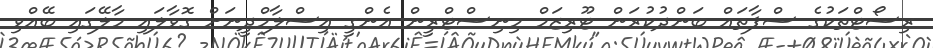
ރިސޯޓްތަކުގެ ސްޕާތައް ބަންދުކުރަން ޓޫރިޒަމް މިނިސްޓްރީން އެންގީ އިސްލާމްދީނަށް ގޮވާލައި މާލޭގައި ބޭއްވި